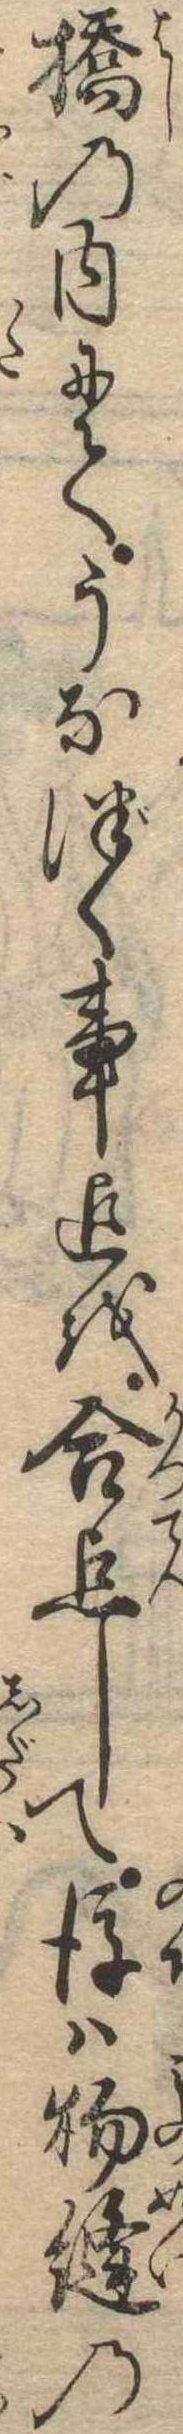
橋の内にてうなづく事迄を合点して後は物縫の